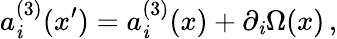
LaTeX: a_{\mathit{i}}^{(3)}(x^{\prime})=a_{\mathit{i}}^{(3)}(x)+\partial_{\mathit{i}}\Omega(x)\, ,